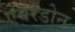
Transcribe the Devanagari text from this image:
एबरडोन